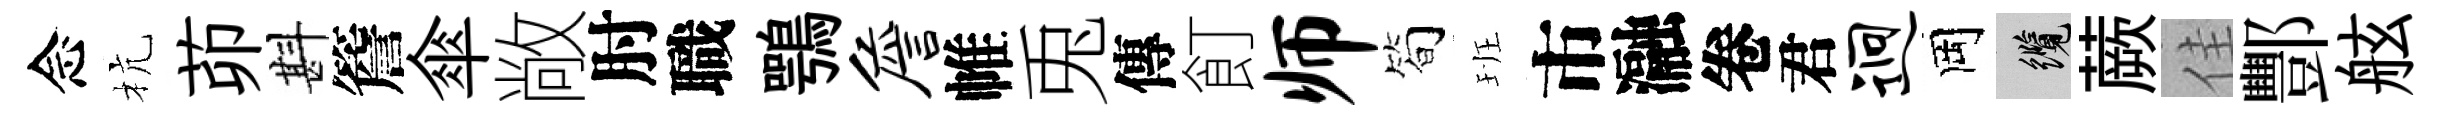
念杭茆斟簷傘敞肘職鶚詹帷兎傳飣师筍班市瀜卷君迥岡纜蕨佳酆舷